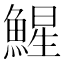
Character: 鯹